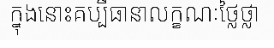
ក្នុងនោះគប្បីធានាលក្ខណៈថ្លៃថ្លា